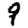
Digit: 9